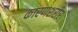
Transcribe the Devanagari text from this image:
कारणशरीर